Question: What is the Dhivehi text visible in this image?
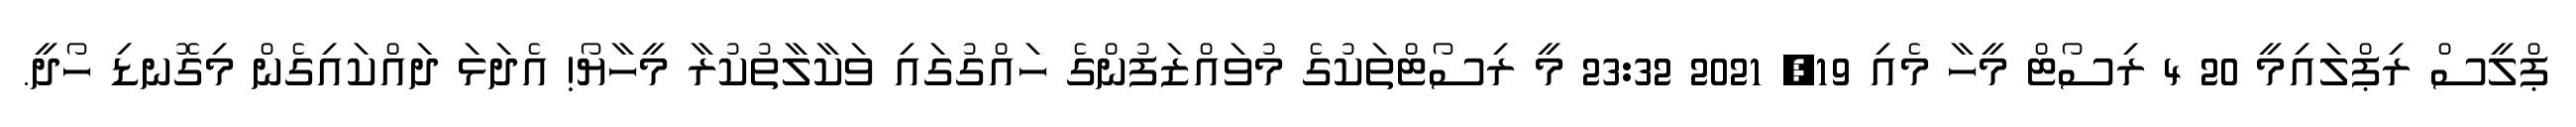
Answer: ޕްލީސް ރިޕްލައިމީ 20 4 ރިސޯޓް މީހާ މެއި 19, 2021 23:32 މީ ރިސޯޓްތަކުގެ މުވައްޒަފުންގެ ހައްގުގައި ވަކާލާތުކުރާ މީހާޔޯ! އެދަޅަ ދައްކައިގެން މިގޮނޑި ހޯދީ.